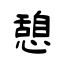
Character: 憩